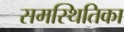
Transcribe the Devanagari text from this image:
समस्थितिका